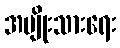
အမျိုးသားရေး